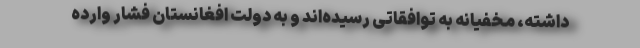
داشته، مخفیانه به توافقاتی رسیده‌اند و به دولت افغانستان فشار وارده